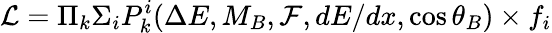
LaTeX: {\cal L}=\Pi_{k}\Sigma_{i}P_{k}^{i}(\Delta E,M_{B},{\cal F},dE/dx,\cos{\theta_{B}})\times f_{i}